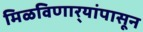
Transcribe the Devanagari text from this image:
मिळविणार्‍यांपासून